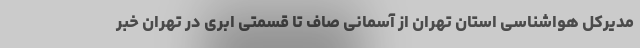
مدیرکل هواشناسی استان تهران از آسمانی صاف تا قسمتی ابری در تهران خبر